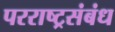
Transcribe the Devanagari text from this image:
परराष्ट्रसंबंध